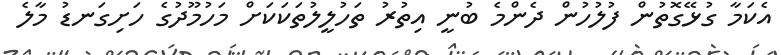
އެކަމާ ގުޅޭގޮތުން ފުލުހުން ދެންމެ ބުނީ އިތުރު ތަހުލީލުތަކަކަަށް މަހުމޫދުގެ ހަަށިގަނޑު މާލެ